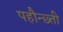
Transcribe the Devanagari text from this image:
पहौन्छ्ती